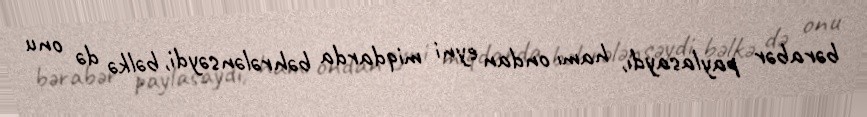
bərabər paylasaydı, hamı ondan eyni miqdarda bəhrələnsəydi, bəlkə də onu